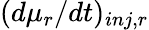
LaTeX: (d\mu_{r}/dt)_{inj,r}